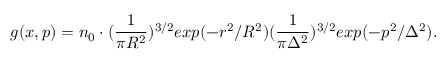
g ( x , p ) = n _ { 0 } \cdot ( \frac { 1 } { \pi R ^ { 2 } } ) ^ { 3 / 2 } e x p ( - r ^ { 2 } / R ^ { 2 } ) ( \frac { 1 } { \pi \Delta ^ { 2 } } ) ^ { 3 / 2 } e x p ( - p ^ { 2 } / \Delta ^ { 2 } ) .